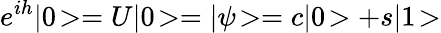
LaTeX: e^{ih}|0\! >=U|0\! >=|\psi\! >=c|0\! >+s|1\! >